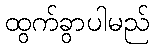
ထွက်ခွာပါမည်